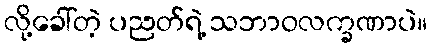
လို့ခေါ်တဲ့ ပညတ်ရဲ့ သဘာဝလက္ခဏာပဲ။